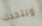
ونتحدث